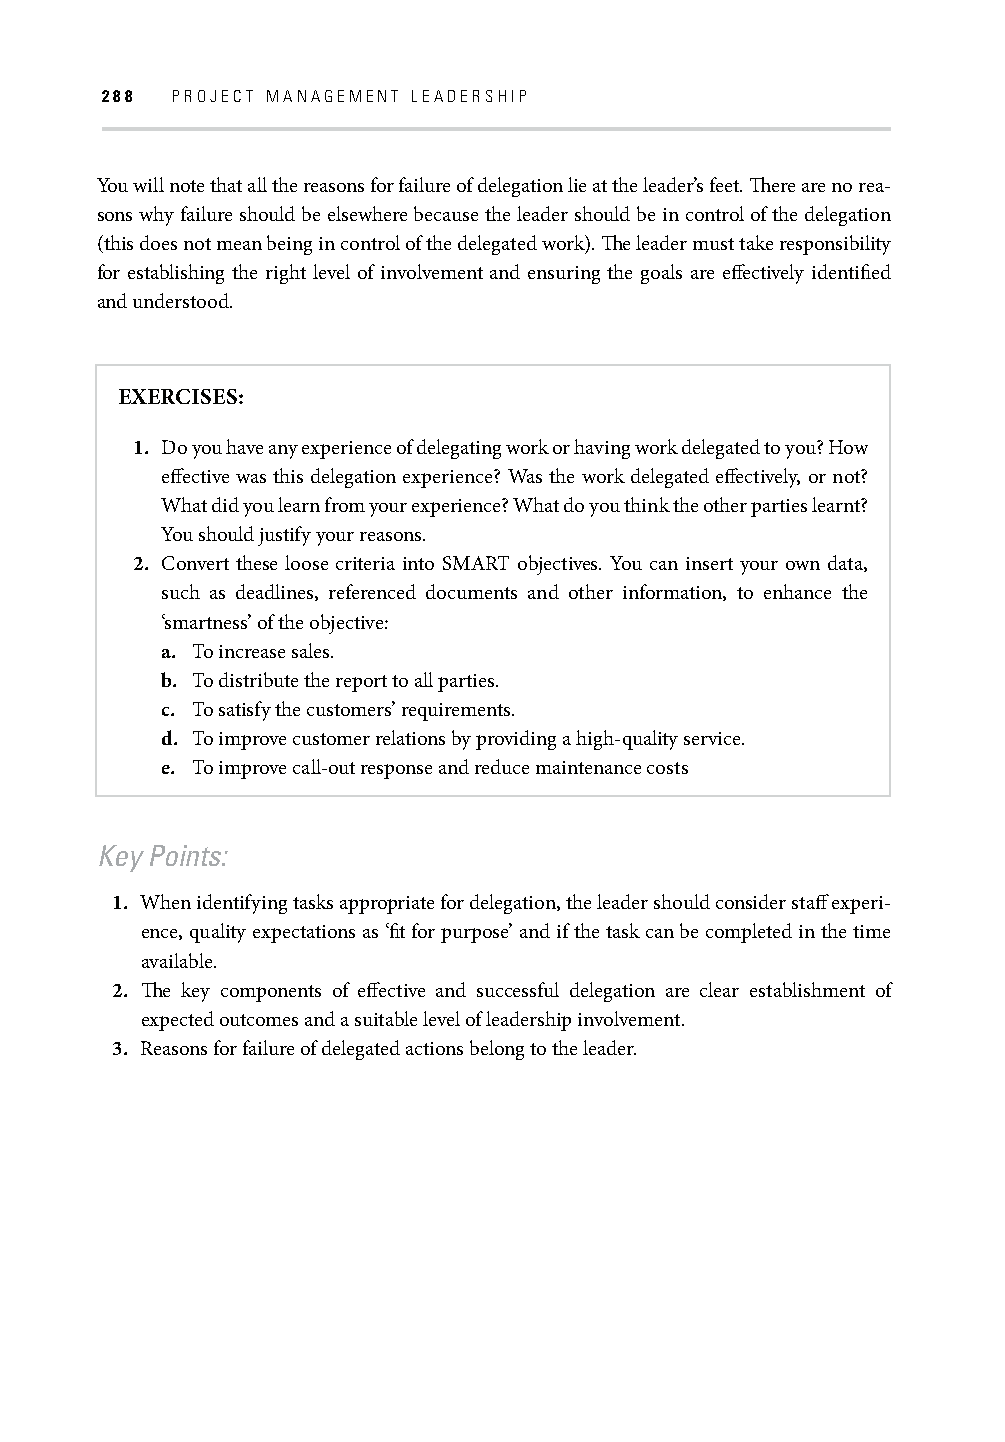
288 PROJECT MANAGEMENT LEADERSHIP
 You will note that all the reasons for failure of delegation lie at the leader’s feet. Th ere are no rea-
 sons why failure should be elsewhere because the leader should be in control of the delegation
 (this does not mean being in control of the delegated work). Th e leader must take responsibility
 for establishing the right level of involvement and ensuring the goals are eff ectively identifi ed
 and understood.
 EXERCISES:
 1. Do you have any experience of delegating work or having work delegated to you? How
 eff ective was this delegation experience? Was the work delegated eff ectively, or not?
 What did you learn from your experience? What do you think the other parties learnt?
 You should justify your reasons.
 2. Convert these loose criteria into SMART objectives. You can insert your own data,
 such as deadlines, referenced documents and other information, to enhance the
 ‘smartness’ of the objective:
 a. To increase sales.
 b. To distribute the report to all parties.
 c. To satisfy the customers’ requirements.
 d. To improve customer relations by providing a high-quality service.
 e. To improve call-out response and reduce maintenance costs
 Key Points:
 1. When identifying tasks appropriate for delegation, the leader should consider staff experi-
 ence, quality expectations as ‘fi t for purpose’ and if the task can be completed in the time
 available.
 2. Th e key components of eff ective and successful delegation are clear establishment of
 expected outcomes and a suitable level of leadership involvement.
 3. Reasons for failure of delegated actions belong to the leader.